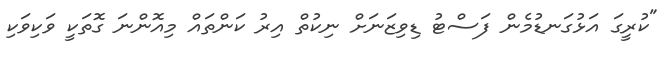
"ކުރީގަ އަޅުގަނޑުމެން ފަސްޓު ޑިވިޒަނަށް ނިކުތް އިރު ކަންތައް މިއޮންނަ ގޮތަކީ ވަކިވަކި